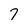
Character: 7